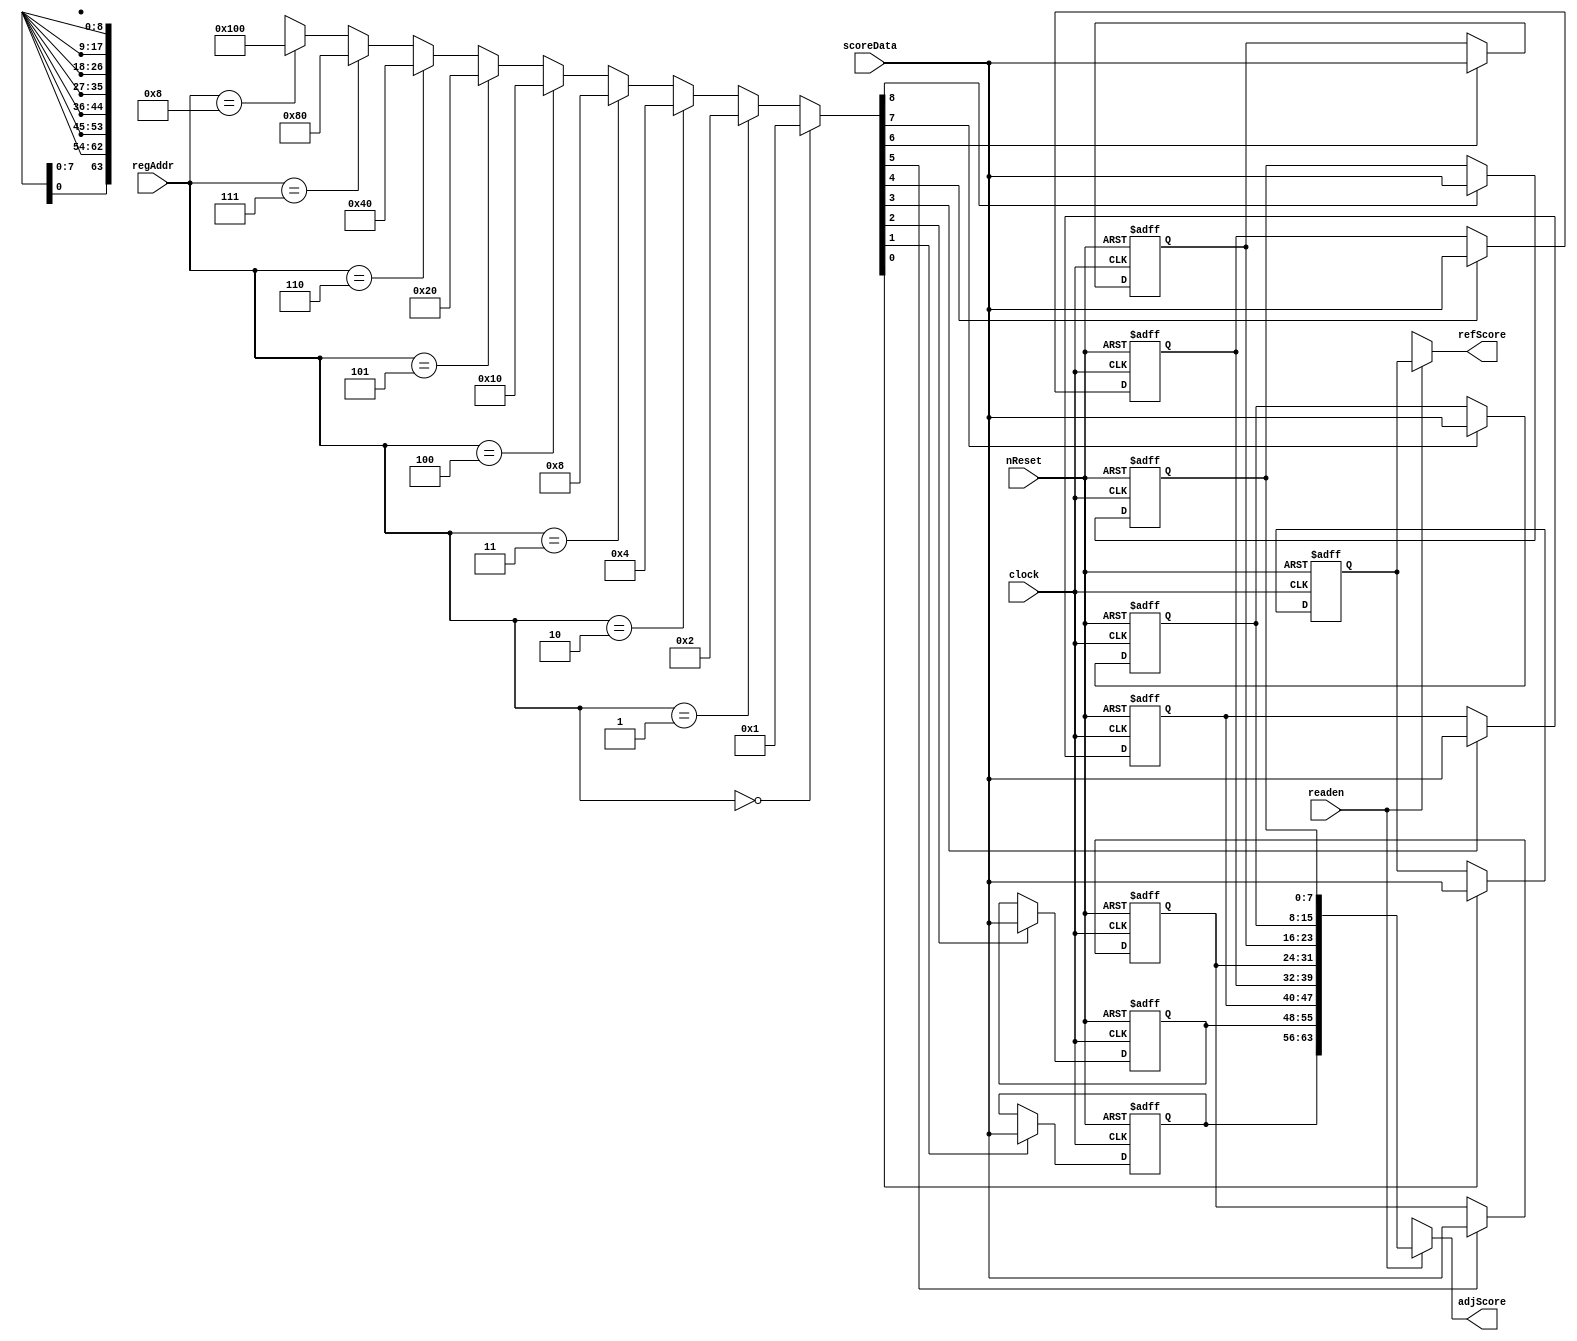
module NMS_Reg (clock, nReset, readen, regAddr, scoreData, refScore, adjScore);
	input clock;
	input nReset;
	input readen; // Datapath input    
	input [3:0] regAddr; //  
	input [7:0] scoreData; //   
	output [7:0] refScore; //  Score
	output [63:0] adjScore; //  8  Score

	reg [7:0] refPoint; //   
	reg [7:0] r1, r2, r3, r4, r5, r6, r7, r8; //  8   
	
	//        ,  8   .
	wire [8:0] decoder;
	assign decoder =
		(regAddr == 4'd0) ? 9'd1 :
		(regAddr == 4'd1) ? 9'd2 :
		(regAddr == 4'd2) ? 9'd4 :
		(regAddr == 4'd3) ? 9'd8 :
		(regAddr == 4'd4) ? 9'd16 :
		(regAddr == 4'd5) ? 9'd32 :
		(regAddr == 4'd6) ? 9'd64 :
		(regAddr == 4'd7) ? 9'd128 :
		(regAddr == 4'd8) ? 9'd256 : 9'bx;
	
	always @ (posedge clock or negedge nReset)
		if (!nReset)
			refPoint <= 8'bx;
		else if (decoder[0])
			refPoint <= scoreData;

	always @ (posedge clock or negedge nReset)
		if (!nReset)
			r1 <= 8'bx;
		else if (decoder[1])
			r1 <= scoreData;

	always @ (posedge clock or negedge nReset)
		if (!nReset)
			r2 <= 8'bx;
		else if (decoder[2])
			r2 <= scoreData;
			
	always @ (posedge clock or negedge nReset)
		if (!nReset)
			r3 <= 8'bx;
		else if (decoder[3])
			r3 <= scoreData;
			
	always @ (posedge clock or negedge nReset)
		if (!nReset)
			r4 <= 8'bx;
		else if (decoder[4])
			r4 <= scoreData;
			
	always @ (posedge clock or negedge nReset)
		if (!nReset)
			r5 <= 8'bx;
		else if (decoder[5])
			r5 <= scoreData;
			
	always @ (posedge clock or negedge nReset)
		if (!nReset)
			r6 <= 8'bx;
		else if (decoder[6])
			r6 <= scoreData;
			
	always @ (posedge clock or negedge nReset)
		if (!nReset)
			r7 <= 8'bx;
		else if (decoder[7])
			r7 <= scoreData;
			
	always @ (posedge clock or negedge nReset)
		if (!nReset)
			r8 <= 8'bx;
		else if (decoder[8])
			r8 <= scoreData;
	
	// readen 1    , 8     Output .
	assign refScore = (readen) ? refPoint : 8'bx; //  
	assign adjScore = (readen) ? {r1, r2, r3, r4, r5, r6, r7, r8} : 64'bx; // 8 
endmodule